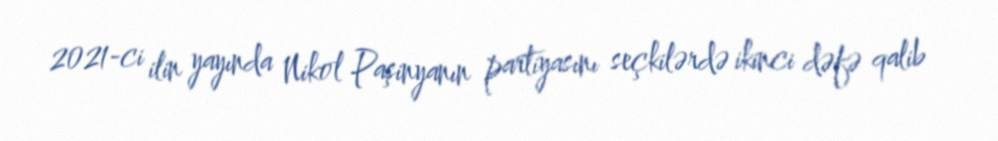
2021-ci ilin yayında Nikol Paşinyanın partiyasını seçkilərdə ikinci dəfə qalib